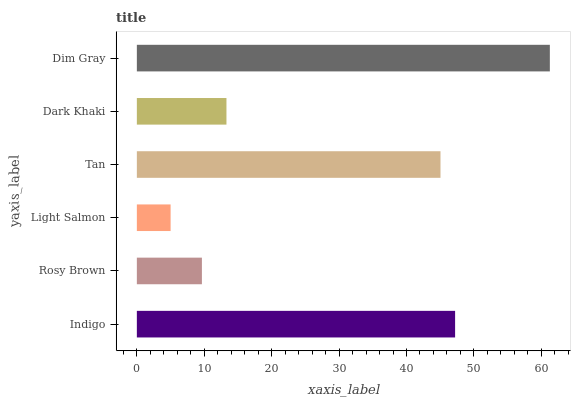
| yaxis_label | bars |
 | --- | --- |
 | Indigo | 47.2 |
 | Rosy Brown | 9.65 |
 | Light Salmon | 5.01 |
 | Tan | 45 |
 | Dark Khaki | 13.3 |
 | Dim Gray | 61.3 |